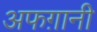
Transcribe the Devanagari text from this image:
अफग़ानी